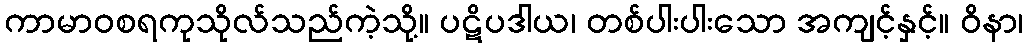
ကာမာဝစရကုသိုလ်သည်ကဲ့သို့။ ပဋိပဒါယ၊ တစ်ပါးပါးသော အကျင့်နှင့်။ ဝိနာ၊